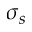
\sigma _ { s }